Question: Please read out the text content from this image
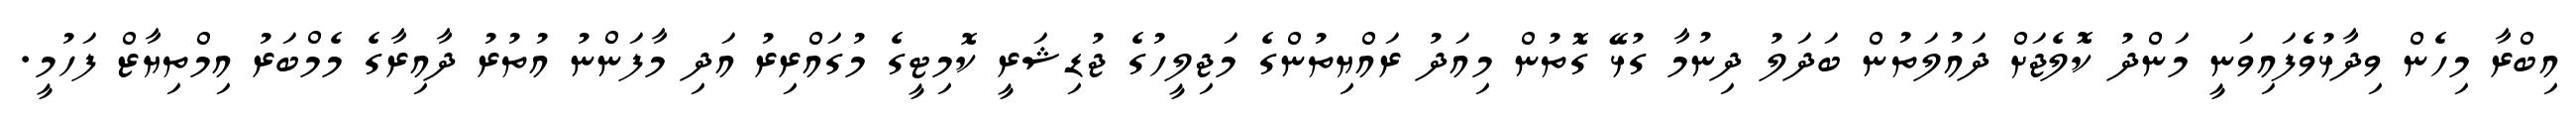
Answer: އިބްރާ މިހެން ވިދާޅުވެފައިވަނީ މަންދު ކޮލެޖަށް ދައުލަތުން ބަދަލު ދިނުމާ ގުޅޭ ގޮތުން މިއަދު ރައްޔިތުންގެ މަޖިލީހުގެ ޖުޑިޝަރީ ކޮމިޓީގެ މުގައްރިރު އަދި މާފަންނު އުތުރު ދާއިރާގެ މެމްބަރު އިމްތިޔާޒް ފަހުމީ.